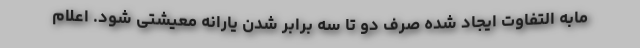
مابه التفاوت ایجاد شده صرف دو تا سه برابر شدن یارانه معیشتی شود. اعلام